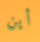
أين